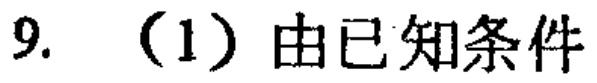
9. （1）由已知条件